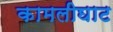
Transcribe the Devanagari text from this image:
कामलीघाट